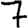
Digit: 7